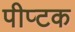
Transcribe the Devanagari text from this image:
पीप्टक